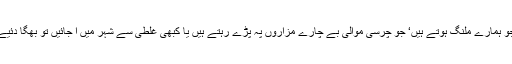
ایک بات اور یہ بھی دماغ میں آئی کہ یہ جو ہمارے ملنگ ہوتے ہیں‘ جو چرسی موالی بے چارے مزاروں پہ پڑے رہتے ہیں یا کبھی غلطی سے شہر میں آ جائیں تو بھگا دئیے جاتے ہیں‘ یہ بھی تو مشرق کے ہپی ہیں۔